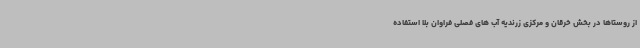
از روستاها در بخش خرقان و مرکزی زرندیه آب های فصلی فراوان بلا استفاده